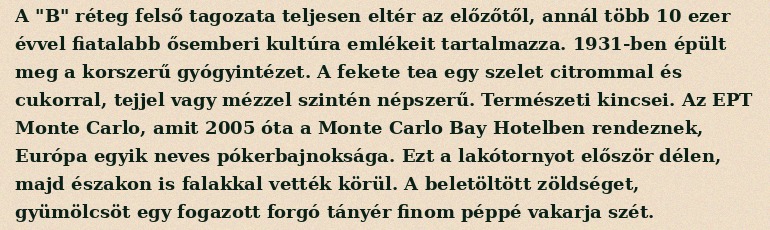
A "B" réteg felső tagozata teljesen eltér az előzőtől, annál több 10 ezer évvel fiatalabb ősemberi kultúra emlékeit tartalmazza. 1931-ben épült meg a korszerű gyógyintézet. A fekete tea egy szelet citrommal és cukorral, tejjel vagy mézzel szintén népszerű. Természeti kincsei. Az EPT Monte Carlo, amit 2005 óta a Monte Carlo Bay Hotelben rendeznek, Európa egyik neves pókerbajnoksága. Ezt a lakótornyot először délen, majd északon is falakkal vették körül. A beletöltött zöldséget, gyümölcsöt egy fogazott forgó tányér finom péppé vakarja szét.